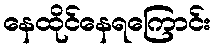
နေထိုင်နေရကြောင်း